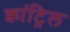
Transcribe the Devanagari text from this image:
क्वांट्रिल